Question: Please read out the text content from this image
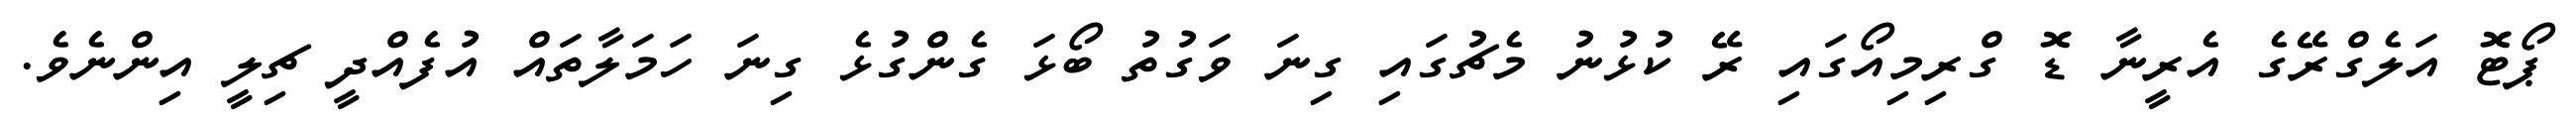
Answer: ޕޯޓޮ އަލެގްރޭގެ އެރީނާ ޑޮ ގްރިމިއޯގައި ރޭ ކުޅުނު މެޗުގައި ގިނަ ވަގުތު ބޯޅަ ގެންގުޅެ ގިނަ ހަމަލާތައް އުފެއްދީ ޗިލީ އިންނެވެ.